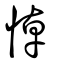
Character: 悼